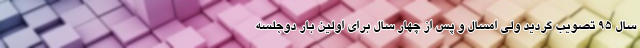
سال 95 تصويب گردید ولی امسال و پس از چهار سال براي اولين بار دوجلسه